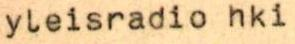
yleisradio hki